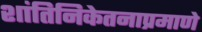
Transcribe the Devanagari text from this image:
शांतिनिकेतनाप्रमाणे